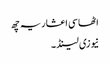
اٹھاسی اعشاریہ چھ
نیوزی لینڈ ۔